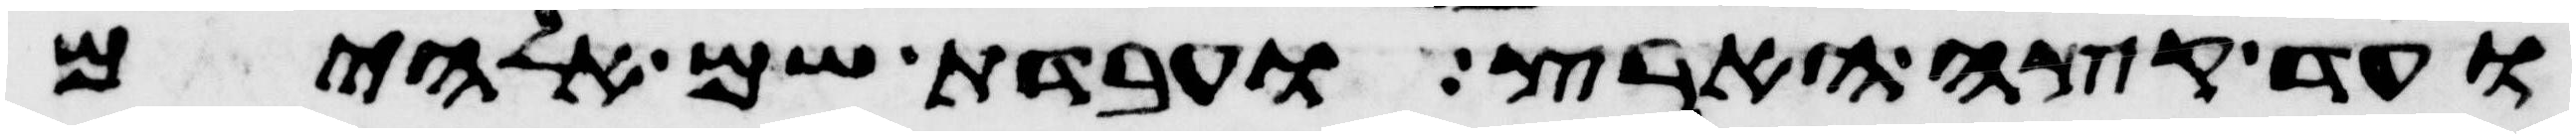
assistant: ועד קצה הארץ ועבדת שם אלהים